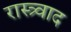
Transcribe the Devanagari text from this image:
रास्त्र्वाद